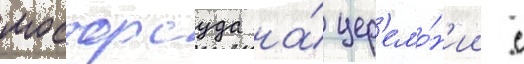
мосгорсуда на́ цер'емо́н'ии с